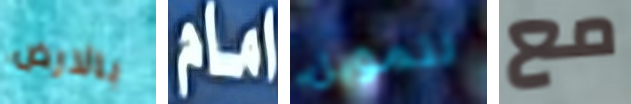
بالارض امام لتمويل مع